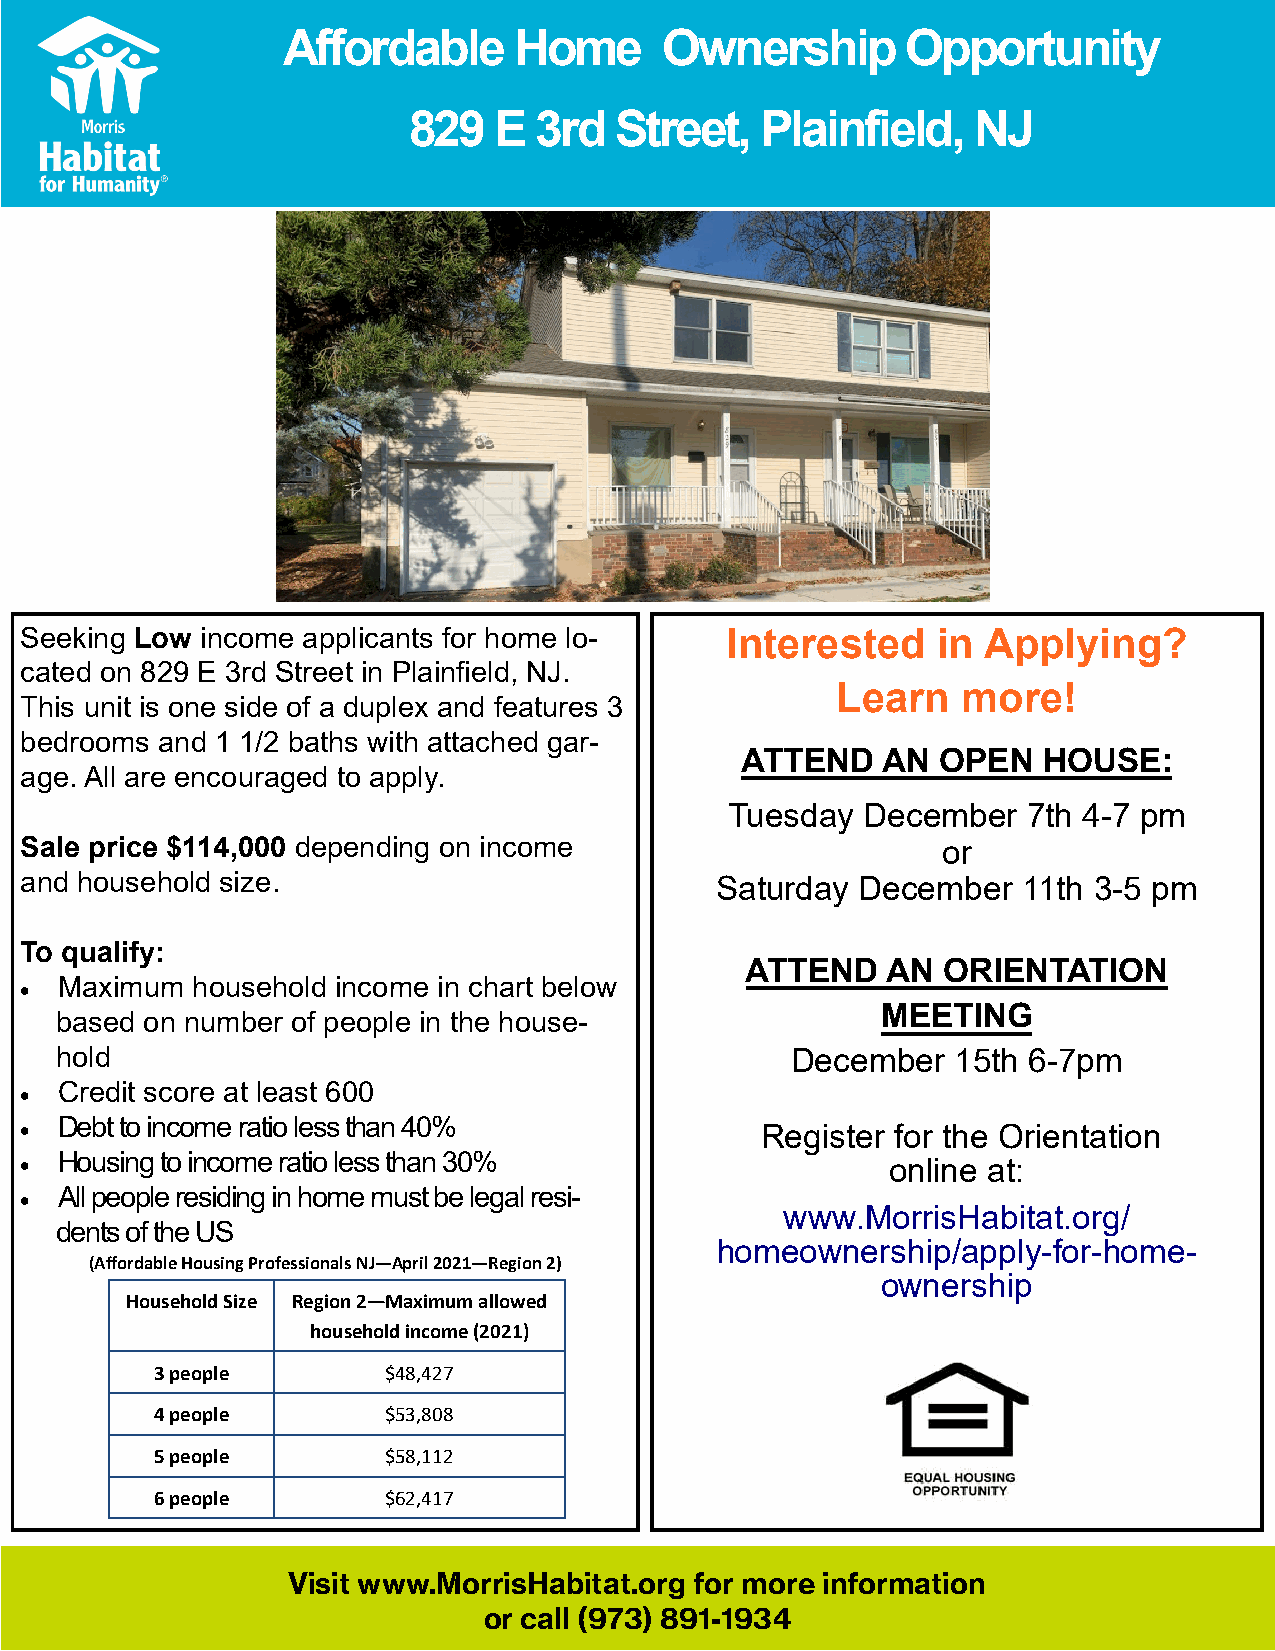
Affordable     Home      Ownership       Opportunity
 829   E 3rd   Street,  Plainfield,    NJ
 Seeking Low income applicants for home lo-     Interested    in Applying?
 cated on 829 E 3rd Street in Plainfield, NJ.
 Learn    more!
 This unit is one side of a duplex and features 3
 bedrooms and 1 1/2 baths with attached gar-
 ATTEND   AN  OPEN   HOUSE:
 age. All are encouraged to apply.
 Tuesday  December   7th 4-7 pm
 Sale price $114,000 depending on income                      or
 and household size.                           Saturday  December   11th 3-5 pm
 To qualify:
 ATTEND    AN ORIENTATION
 Maximum  household income in chart below
 •
 MEETING
 based on number of people in the house-
 hold                                            December   15th 6-7pm
 Credit score at least 600
 •
 Debt to income ratio less than 40%
 •                                                Register for the Orientation
 Housing to income ratio less than 30%
 •                                                         online at:
 All people residing in home must be legal resi-
 •
 www.MorrisHabitat.org/
 dents of the US
 homeownership/apply-for-home-
 (Affordable Housing Professionals NJ—April 2021—Region 2)
 ownership
 Household Size Region 2—Maximum allowed
 household income (2021)
 3 people        $48,427
 4 people        $53,808
 5 people        $58,112
 6 people        $62,417
 Visit www.MorrisHabitat.org for more information
 or call (973) 891-1934